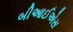
બીઆઈએસ